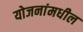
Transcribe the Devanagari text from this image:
योजनांमधील